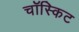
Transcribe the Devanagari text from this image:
चॉस्किट